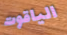
الياقوت